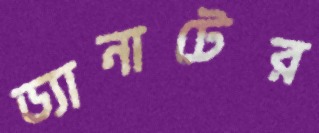
ড্যানাটের